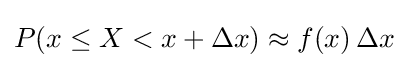
P(x\leq X<x+\Delta x)\approx f(x)\,\Delta x